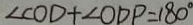
\angle C O D + \angle O D P = 1 8 0 ^ { \circ }